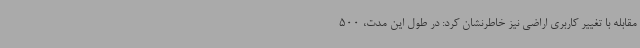
مقابله با تغییر کاربری اراضی نیز خاطرنشان کرد: در طول این مدت، 500